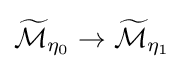
{\widetilde {\mathcal {M}}}_{\eta _{0}}\rightarrow {\widetilde {\mathcal {M}}}_{\eta _{1}}